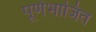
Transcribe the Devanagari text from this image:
पूर्णभाजित